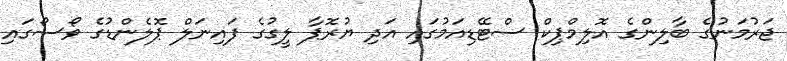
ޖަރުމަނުގެ ބާލިންގެ އޮލިމްޕިކް ސްޓޭޑިއަމުގައި އަދި ޔުރޮޕާ ލީގުގެ ފައިނަލް ޕޮލެންޑުގެ ވޯސޯގައި